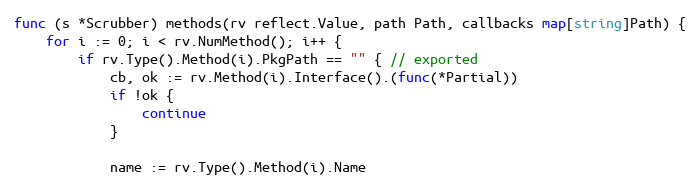
Language: Go
func (s *Scrubber) methods(rv reflect.Value, path Path, callbacks map[string]Path) {
	for i := 0; i < rv.NumMethod(); i++ {
		if rv.Type().Method(i).PkgPath == "" { // exported
			cb, ok := rv.Method(i).Interface().(func(*Partial))
			if !ok {
				continue
			}

			name := rv.Type().Method(i).Name